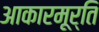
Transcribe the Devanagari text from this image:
आकारमूर्ति